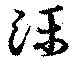
濼